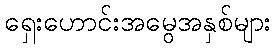
ရှေးဟောင်းအမွေအနှစ်များ